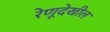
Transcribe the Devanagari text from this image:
रेणूदेखील